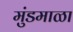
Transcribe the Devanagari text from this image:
मुंडमाळा